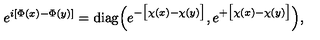
e ^ { i [ \Phi ( x ) - \Phi ( y ) ] } = \mathrm { d i a g } \Big ( e ^ { - \big [ \chi ( x ) - \chi ( y ) \big ] } , e ^ { + \big [ \chi ( x ) - \chi ( y ) \big ] } \Big ) ,